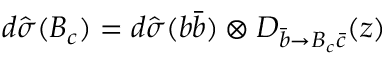
d \hat { \sigma } ( B _ { c } ) = d \hat { \sigma } ( b \bar { b } ) \otimes D _ { \bar { b } \rightarrow B _ { c } \bar { c } } ( z )